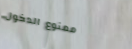
ممنوع الدخول